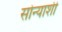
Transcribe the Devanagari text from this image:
सोन्याशी